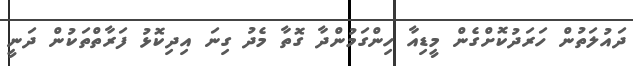
ދައުލަތުން ހަރަދުކޮށްގެން މީޑިއާ ހިންގަމުންދާ ގޮތާ މެދު ގިނަ އިދިކޮޅު ފަރާތްތަކުން ދަނީ